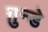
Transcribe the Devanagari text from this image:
ग़ुन्डे